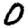
Digit: 0